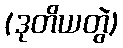
(ဒုတိယတွဲ)